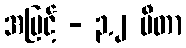
အမြင့် - ၃.၂ မီတာ